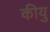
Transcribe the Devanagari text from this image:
कीयु